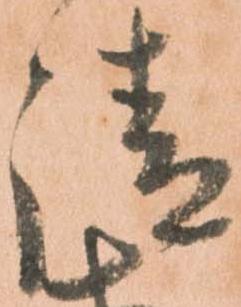
請